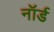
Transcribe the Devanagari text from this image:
नॉर्ड